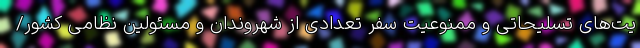
یت‌های تسلیحاتی و ممنوعیت سفر تعدادی از شهروندان و مسئولین نظامی کشور/